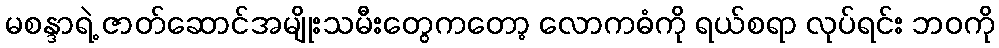
မစန္ဒာရဲ့ ဇာတ်ဆောင်အမျိုးသမီးတွေကတော့ လောကဓံကို ရယ်စရာ လုပ်ရင်း ဘဝကို